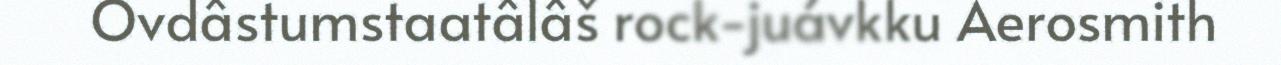
Ovdâstumstaatâlâš rock-juávkku Aerosmith